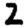
Digit: 2